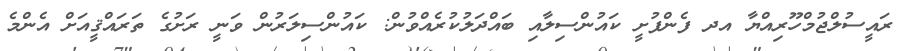
ރައީސުލްޖުމްހޫރިއްޔާ އދ ފެންފުށީ ކައުންސިލާއި ބައްދަލުކުރެއްވުން: ކައުންސިލަރުން ވަނީ ރަށުގެ ތަރައްޤީއަށް އެންމެ